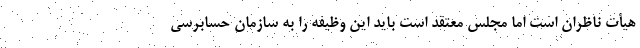
هیأت ناظران است اما مجلس معتقد است باید این وظیفه را به سازمان حسابرسی